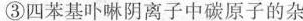
③四苯基卟啉阴离子中碳原子的杂